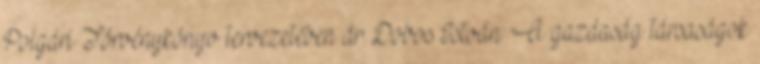
Polgári Törvénykönyv tervezetében dr. Dobos István: A gazdaság társaságok